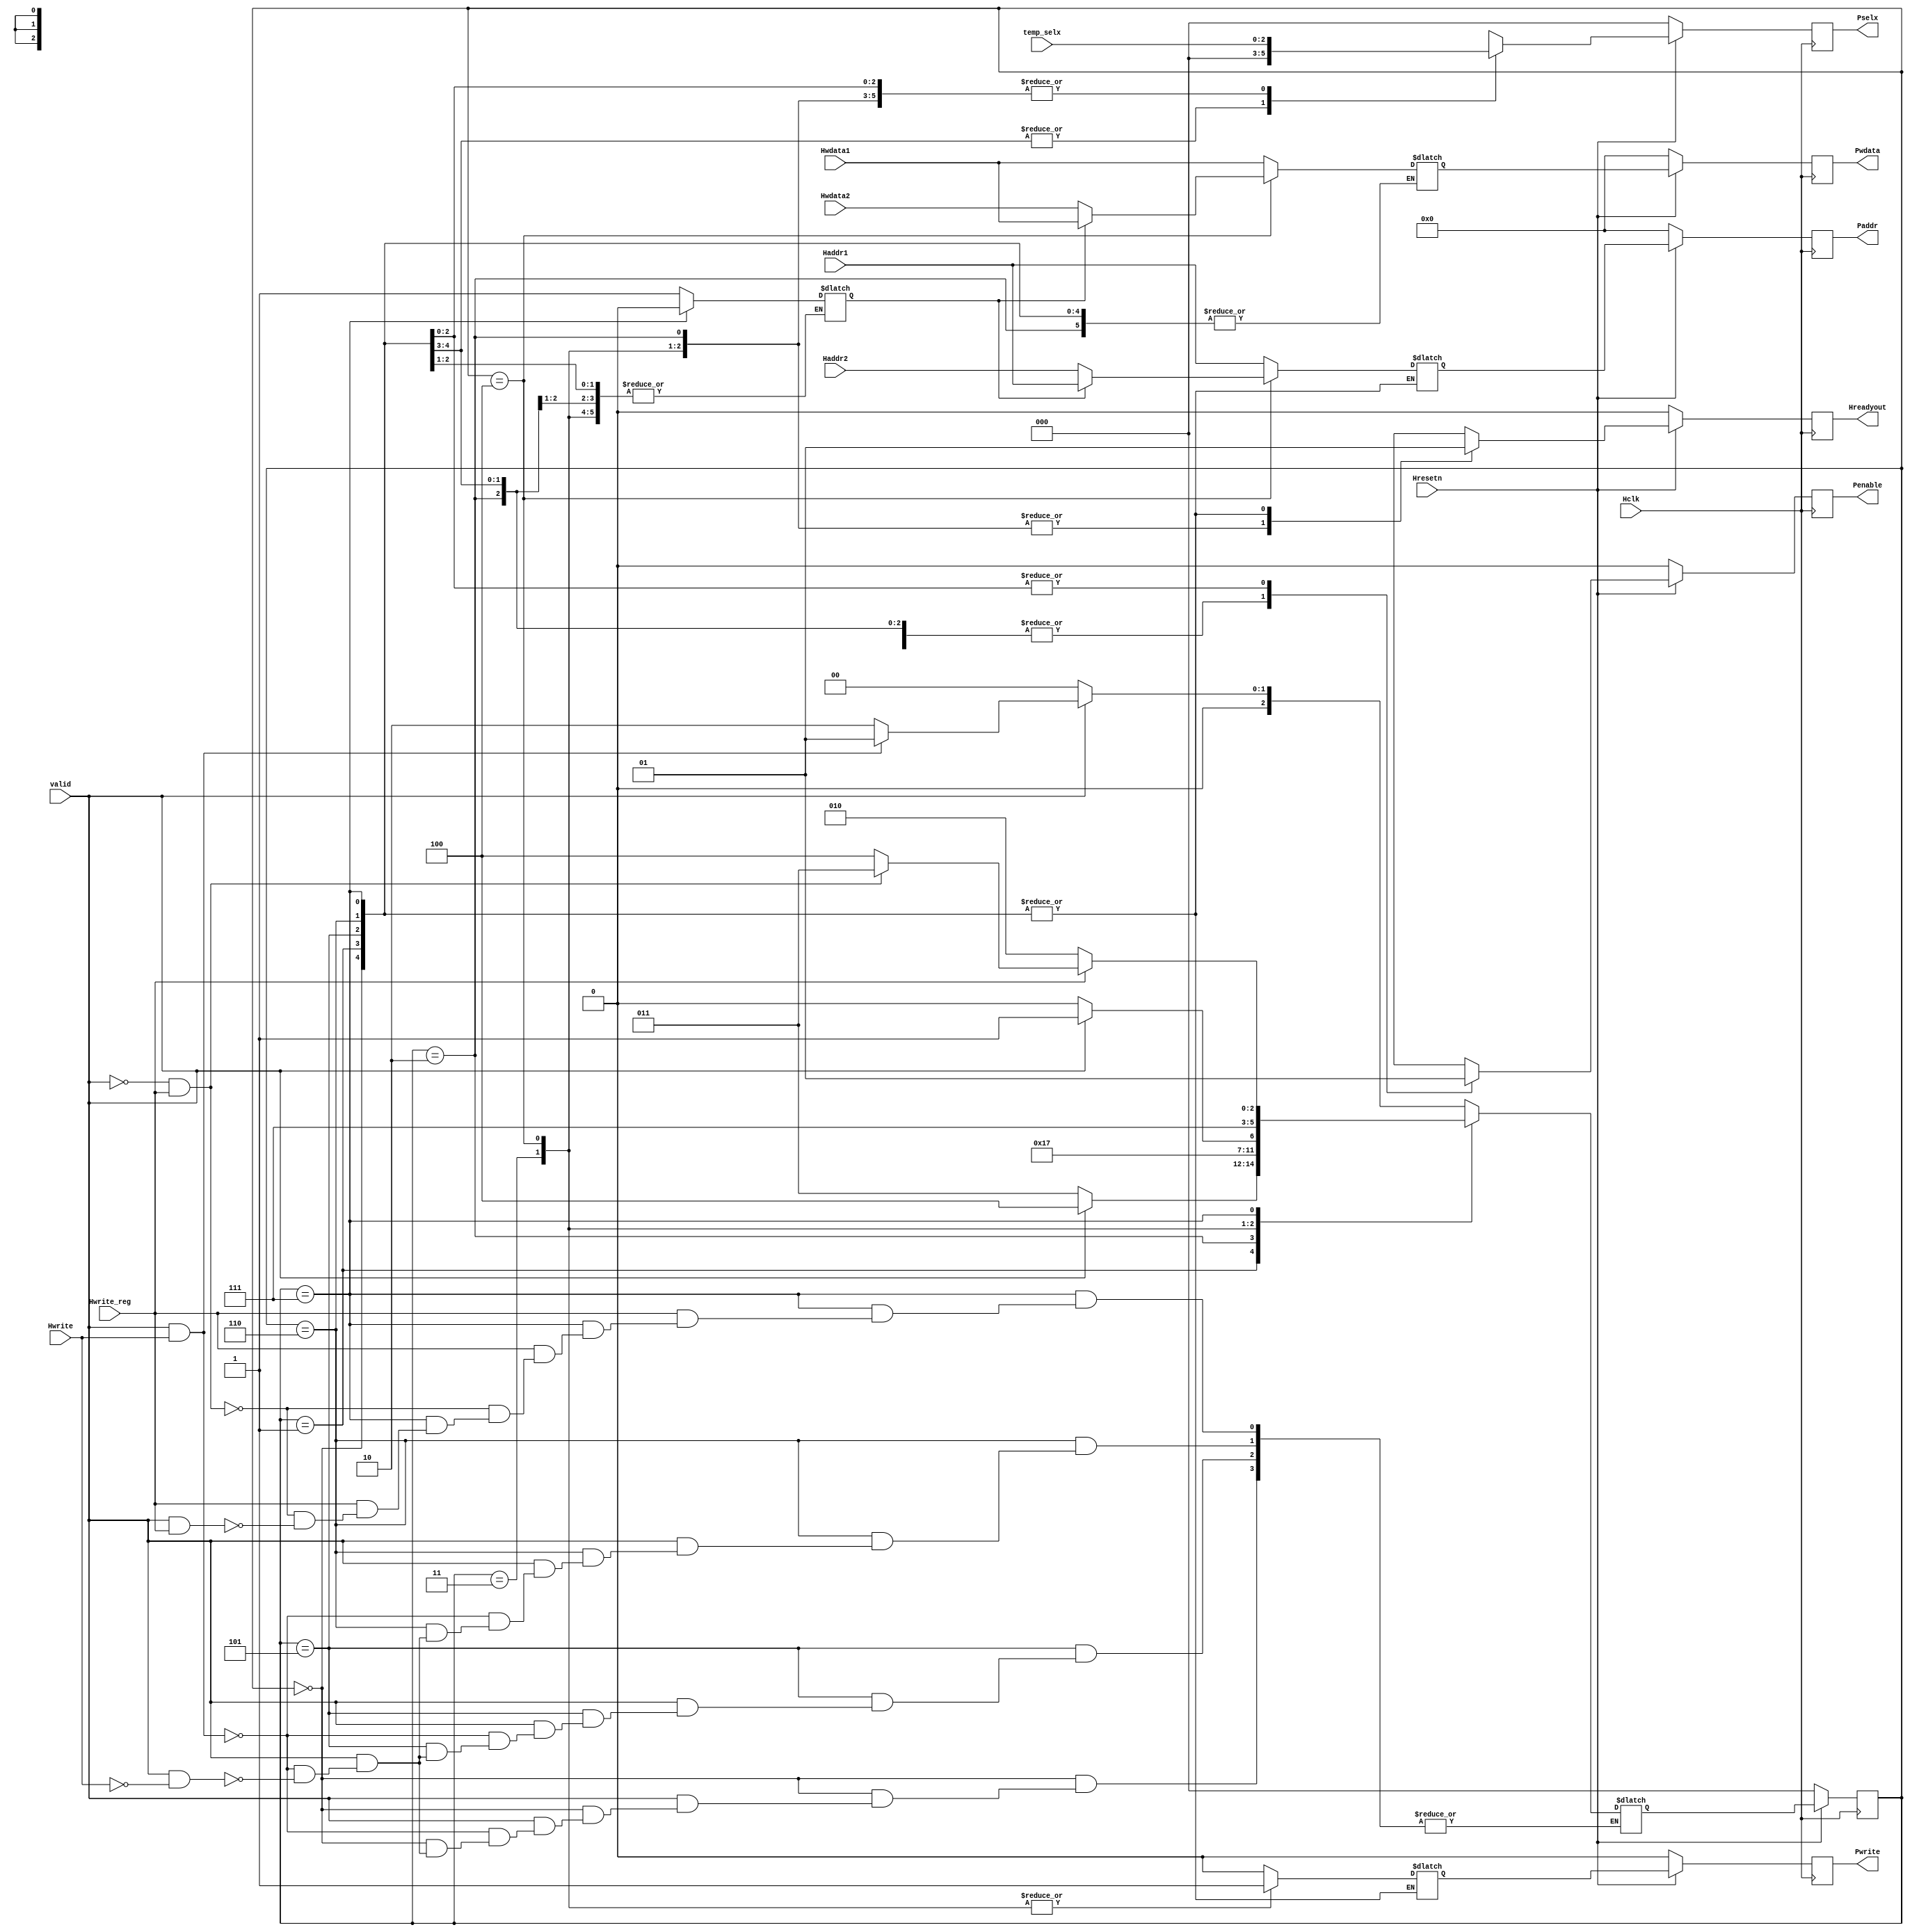
`timescale 1ns / 1ps

module APB_Controller(Hclk, Hresetn, Hwrite, Hwrite_reg, valid, temp_selx, Hwdata1, Hwdata2, 
                    Haddr1, Haddr2, Penable, Pwrite, Pselx, Paddr, Pwdata, Hreadyout);

//Port Declaration:            
input Hclk, Hresetn, valid, Hwrite, Hwrite_reg;
input [2:0] temp_selx;
input [31:0] Haddr1, Haddr2, Hwdata1, Hwdata2; 
//input Prdata;    //Not needed. Either used in Slave or Controller to drive Hrdata.

output reg Pwrite, Penable, Hreadyout;  
output reg [2:0] Pselx;
output reg [31:0] Paddr, Pwdata;


//Defining FSM States:
parameter ST_IDLE = 3'b000,
          ST_WWAIT = 3'b001,
          ST_READ = 3'b010,
          ST_WRITE = 3'b011,
          ST_WRITEP = 3'b100,
          ST_RENABLE = 3'b101,
          ST_WENABLE = 3'b110,
          ST_WENABLEP = 3'b111;


//Variables to hold the value of present and next state with default state:
reg [2:0] stateP = ST_IDLE;
reg [2:0] stateN = ST_IDLE;       


//-------------------Reset Logic/Present State Logic (Sequential Logic)------------------
always @(posedge Hclk)
begin: Reset_Logic
    if(Hresetn == 0)
        stateP <= ST_IDLE;
    else
        stateP <= stateN;
end


//------------------------Next State Logic (Combinational Logic)-------------------------
always @(stateP, valid, Hwrite, Hwrite_reg)
begin: NextState_Logic

case(stateP)

    ST_IDLE:
    begin
        if(~valid)
            stateN = ST_IDLE;
        else if (valid && Hwrite)
            stateN = ST_WWAIT;
        else if (valid && ~Hwrite)
            stateN = ST_READ;  
    end
            
    ST_WWAIT:
    begin
        if(~valid)
            stateN = ST_WRITE;
        else
            stateN = ST_WRITEP;
    end

    ST_READ: stateN = ST_RENABLE;
            
    ST_WRITE:
    begin
        if(~valid)
            stateN = ST_WENABLE;
        else
            stateN = ST_WENABLEP;           
    end
            
    ST_WRITEP: stateN = ST_WENABLEP;   
            
    ST_RENABLE:
    begin
        if(~valid)
            stateN = ST_IDLE;
        else if (valid && Hwrite)
            stateN = ST_WWAIT;
        else if (valid && ~Hwrite)
            stateN = ST_READ;
    end
            
    ST_WENABLE:
    begin
        if(~valid)
            stateN = ST_IDLE;
        else if (valid && Hwrite)
            stateN = ST_WWAIT;
        else if (valid && ~Hwrite)
            stateN = ST_READ;
    end  
            
    ST_WENABLEP:
    begin
        if(~Hwrite_reg)
            stateN = ST_READ;
        else if(~valid && Hwrite_reg)
            stateN = ST_WRITE;
        else if(valid && Hwrite_reg)
            stateN = ST_WRITEP;
    end
            
    default: stateN = ST_IDLE;   
                       
endcase

end 


//---------------------------------Output Logic------------------------------------ 

//Temporary Registers:
reg Penable_temp, Hreadyout_temp, Pwrite_temp;
reg [2:0] Pselx_temp;
reg [31:0] Paddr_temp, Pwdata_temp;
reg pending;

//Combinational Output Logic:
always @(*)
begin: Combinational_Output_Logic

    case(stateP)
        ST_IDLE:
        begin
            Pselx_temp = 0;          //No APB Slave/Peripheral to be selected
            Penable_temp = 0;        //Transfer is not allowed to occur/Transfer is complete
            Hreadyout_temp = 1;      //AHB Interface is ready to initiate a transfer(Read or Write) 
        end
        
        ST_WWAIT:
        begin 
            pending = 1;                
            Pselx_temp = 0;          
            Penable_temp = 0;
            Hreadyout_temp = 1;
        end
        
        ST_READ:
        begin
            Paddr_temp = Haddr1;       //Address is decoded and driven onto Paddr
            Pselx_temp = temp_selx;   //Relevant Pselx depending on address is driven HIGH
            Pwrite_temp = 0;          //Read Transfer. Therefore, Pwrite = 0
            Penable_temp = 0;         //Transfer is not valid yet
            Hreadyout_temp = 0;       //AHB is not ready to receive data yet
        end
        
        ST_WRITE:
        begin
            Paddr_temp = Haddr1;      //Address is decoded and driven onto Paddr
            Pselx_temp = temp_selx;   //Relevant Pselx depending on address is driven HIGH
            Pwrite_temp = 1;          //Write Transfer. Therefore, Pwrite = 1
            Penable_temp = 0;         //Read Transfer is not valid yet
            Hreadyout_temp = 0;       //AHB is not ready to send data yet
            Pwdata_temp = Hwdata1;
        end
        
        ST_WRITEP:
        begin
            if(pending==1)                //Address is decoded and driven onto Paddr
            begin
                Paddr_temp = Haddr1;
                Pwdata_temp = Hwdata1;
            end
            else
            begin
                Paddr_temp = Haddr2;
                Pwdata_temp = Hwdata2;
            end
            
            Pselx_temp = temp_selx;    //Relevant Pselx depending on address is driven HIGH
            Pwrite_temp = 1;           //Write Transfer. Therefore, Pwrite = 1
            Penable_temp = 0;          //Write Transfer is not valid yet
            Hreadyout_temp = 0;        //AHB is not ready to send data yet   
        end
        
        ST_RENABLE:
        begin
            Penable_temp = 1;          //Read Transfer is made valid and can be executed
            Hreadyout_temp = 1;        //AHB is ready to receive data now
            //Pwrite_temp = 0;           //Not necessary as previous state ST_READ has already made Pwrite_temp LOW
            Pselx_temp = temp_selx;    //Not necessary as previous state ST_READ has already done this
        end
        
        ST_WENABLE:
        begin
            Penable_temp = 1;          //Write Transfer is made valid and can be executed
            Hreadyout_temp = 1;        //AHB is ready to send data now
            //Pwrite_temp = 1;           //Not necessary as previous state ST_WRITE has already made Pwrite_temp HIGH
            Pselx_temp = temp_selx;    //Not necessary as previous state ST_WRITE has already done this
        end
        
        ST_WENABLEP:
        begin
            pending = 0;
            Penable_temp = 1;          //Write Transfer is made valid and can be executed
            Hreadyout_temp = 1;        //AHB is ready to send data now
            //Pwrite_temp = 1;           //Not necessary as previous states ST_WRITE or ST_WRITEP have already made Pwrite_temp HIGH
            Pselx_temp = temp_selx;      //Not necessary as previous states ST_WRITE or ST_WRITEP have already done this
        end    
    endcase

end

//Sequential Output Logic:
always @(posedge Hclk)
begin: Sequential_Output_Logic
    if(~Hresetn)
    begin
        Paddr <= 0;
	    Pwrite <= 0;
	    Pselx <= 0;
	    Pwdata <= 0;
	    Penable <= 0;
	   Hreadyout <= 0;
    end
  
    else
    begin
        Paddr <= Paddr_temp;
        Pwrite <= Pwrite_temp;
        Pselx <= Pselx_temp;
        Pwdata <= Pwdata_temp;
        Penable <= Penable_temp;
        Hreadyout <= Hreadyout_temp;
    end    
end


endmodule